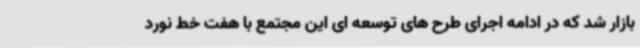
بازار شد که در ادامه اجرای طرح های توسعه ای این مجتمع با هفت خط نورد